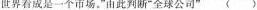
世界看成是一个市场。”由此判断”全球公司” ()